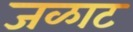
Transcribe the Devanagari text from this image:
जळाट